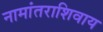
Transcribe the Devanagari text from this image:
नामांतराशिवाय